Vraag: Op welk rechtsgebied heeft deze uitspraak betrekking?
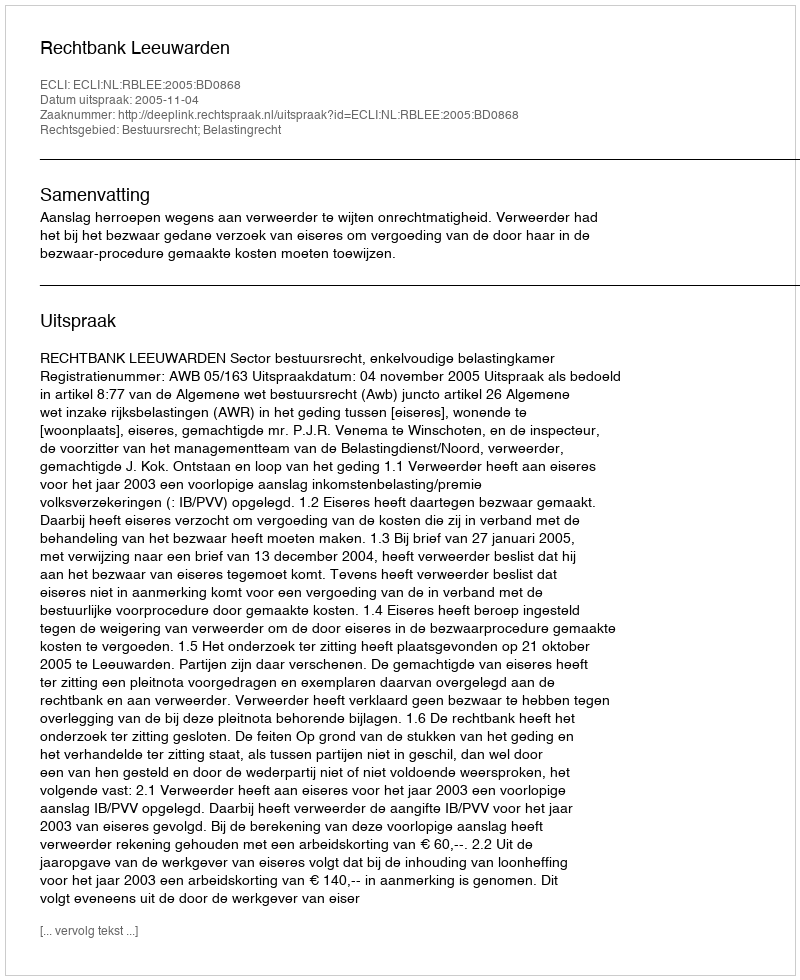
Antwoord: Bestuursrecht; Belastingrecht